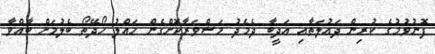
ފޮނުވުމުގެ ކުރިން ދައުލަތާއި އަދީބާ ދެމެދު މަޝްވަރާކޮށްގެން ހައްލު ހޯދޭތޯ ބެލުމަށް ބާއްވާ